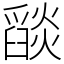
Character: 𦦨